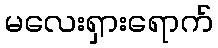
မလေးရှားရောက်